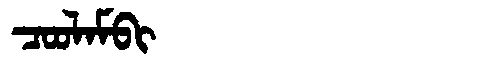
Manchu: ᠴᠣᠣᠯᠠᠮᠪᡳ
Romanization: COOLAMBI